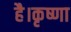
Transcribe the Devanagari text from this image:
है।कृष्णा